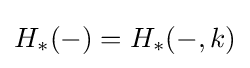
H_{\ast }(-)=H_{\ast }(-,k)